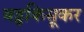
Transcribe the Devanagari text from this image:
बड्ढकिसूकर